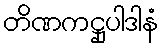
တိဏကဋ္ဌုပါဒါနံ